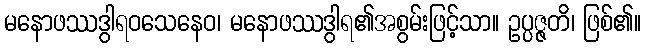
မနောဖဿဒွါရဝသေနေဝ၊ မနောဖဿဒွါရ၏အစွမ်းဖြင့်သာ။ ဥပ္ပဇ္ဇတိ၊ ဖြစ်၏။